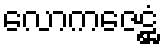
လောကဇေဋ္ဌံ